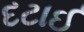
દટાઈ